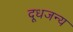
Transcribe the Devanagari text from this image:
दूधजन्य